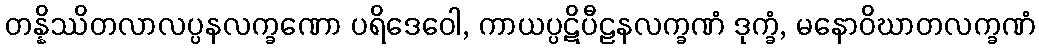
တန္နိဿိတလာလပ္ပနလက္ခဏော ပရိဒေဝေါ, ကာယပ္ပဋိပီဠနလက္ခဏံ ဒုက္ခံ, မနောဝိဃာတလက္ခဏံ